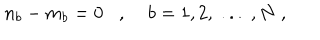
n _ { b } - m _ { b } = 0 , \; b = 1 , 2 , \; . . . \; , N \; ,